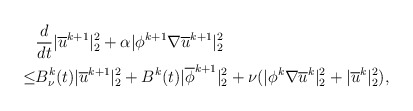
\begin{align*}&\frac{d}{dt}|\overline{u}^{k+1}|^2_2+\alpha |\phi^{k+1}\nabla\overline{u}^{k+1} |^2_2\\\leq& B^k_\nu(t)|\overline{u}^{k+1}|^2_2+B^k(t)|\overline{\phi}^{k+1}|^2_{2}+\nu (|\phi^k \nabla \overline{u}^k|^2_2+ | \overline{u}^{k}|^2_2),\end{align*}